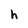
Character: h